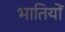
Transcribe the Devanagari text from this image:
भातियों